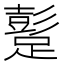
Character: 𨅘